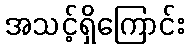
အသင့်ရှိကြောင်း